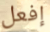
إفعل